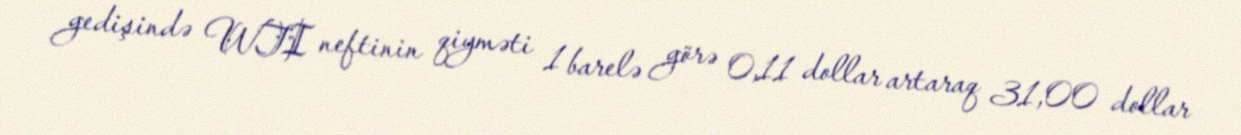
gedişində WTI neftinin qiyməti 1 barelə görə 0,11 dollar artaraq 31,00 dollar